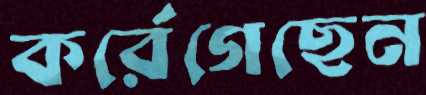
কর্রেগেছেন